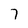
Character: 7